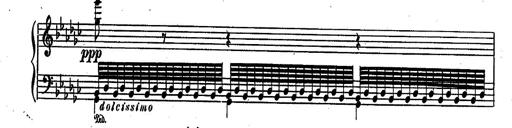
Title: RÃ©miniscences des Huguenots
Composer: Franz Liszt